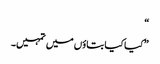
“
”کیا کیا بتاؤں میں تمہیں۔